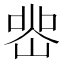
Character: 𭖲